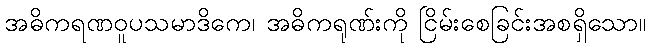
အဓိကရဏဝူပသမာဒိကေ၊ အဓိကရုဏ်းကို ငြိမ်းစေခြင်းအစရှိသော။